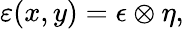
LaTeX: {\varepsilon(x,y)=\epsilon\otimes\eta,}